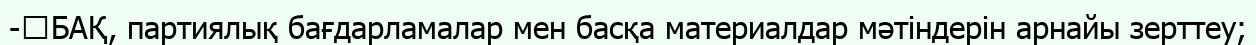
-	БАҚ, партиялық бағдарламалар мен басқа материалдар мәтіндерін арнайы зерттеу;